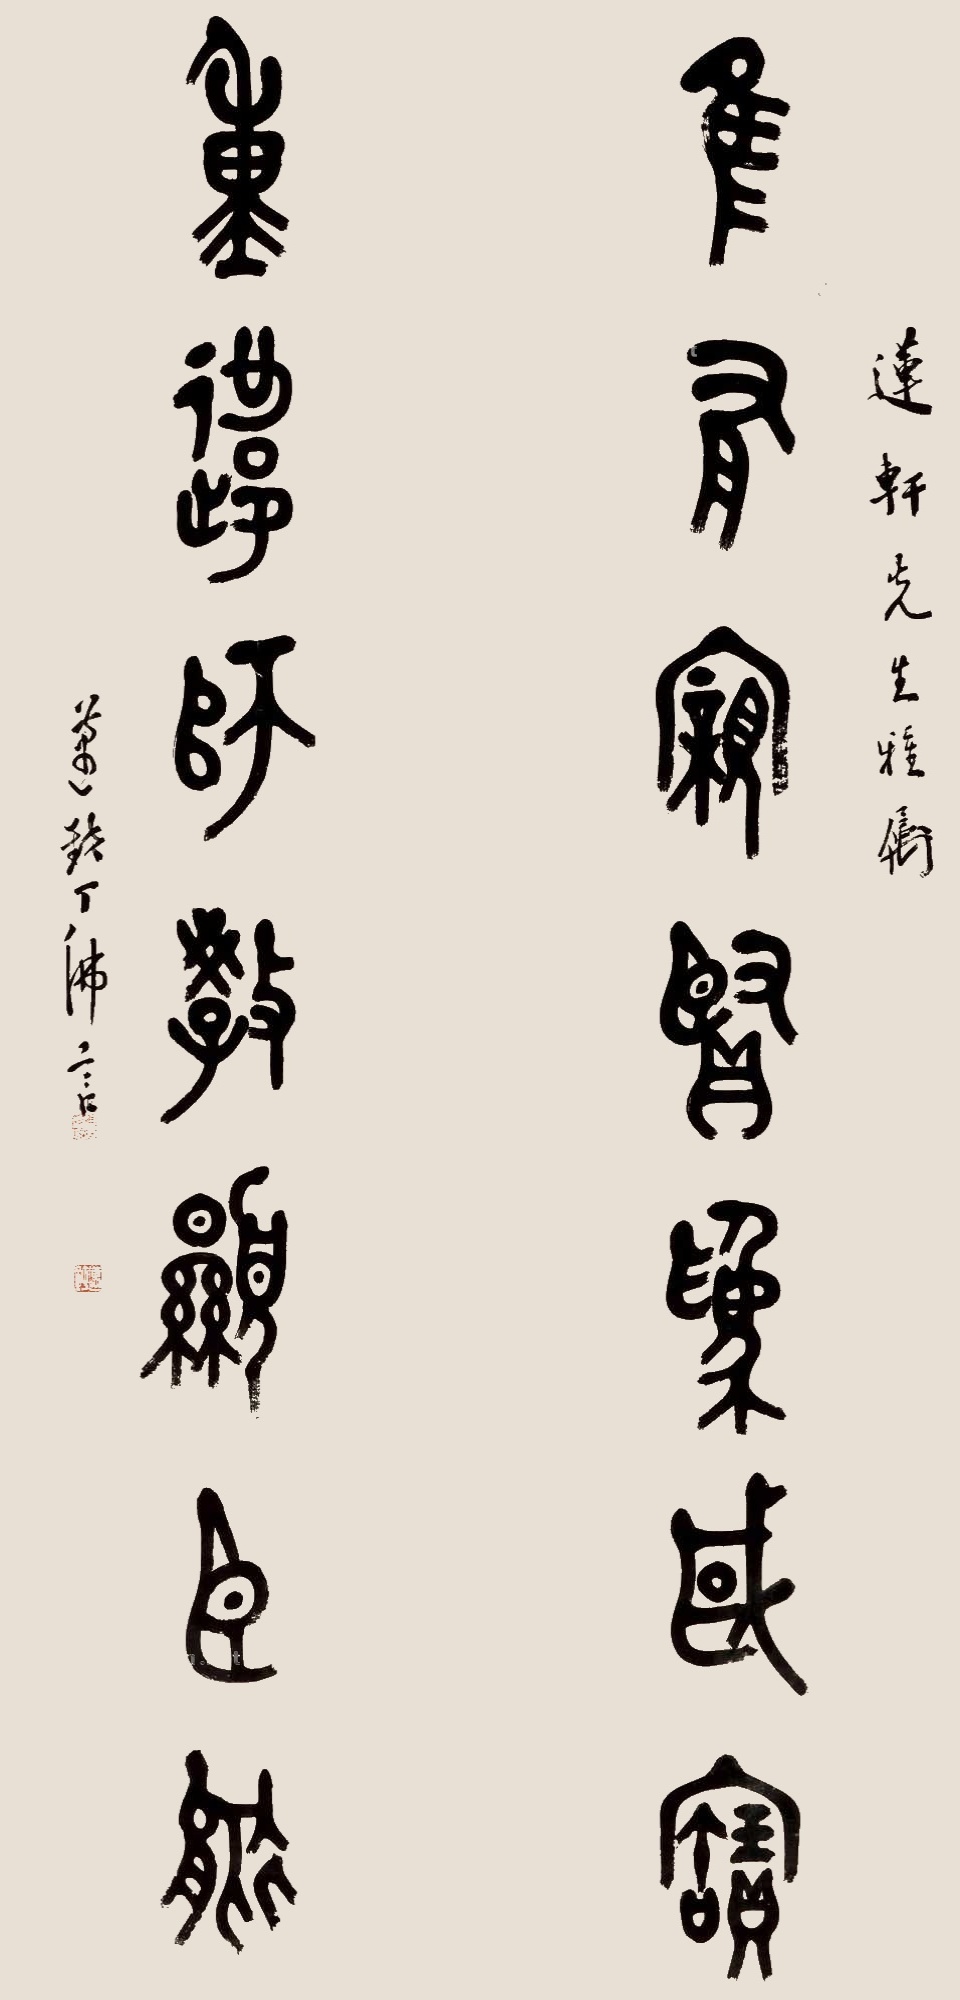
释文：唯有亲贤为国宝，重违师教显臣能。莲轩先生雅属，迈钝丁佛言。